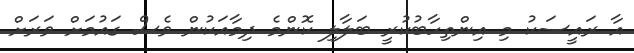
އާ ރައީސަކު މި އިންތިހާބުކުރީ ބަލާލި ކޮންމެ ދިމާއަކުން ވެސް ގައުމަށް ވަރަށް